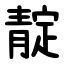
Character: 靛